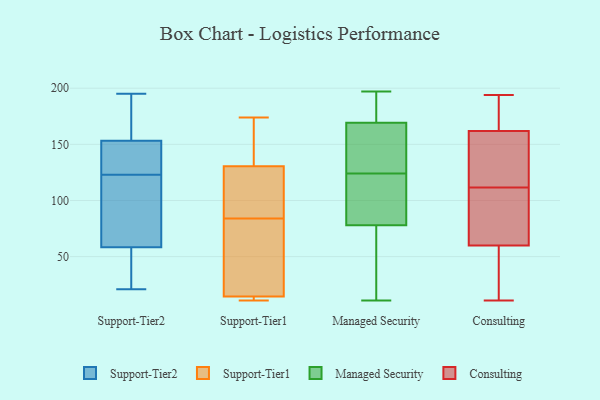
{"axis": {"x": "Page Views", "y": "Value"}, "legend": ["Consulting", "Managed Security", "Support-Tier1", "Support-Tier2"], "data": [{"x": "", "y": 123, "type": "Support-Tier2"}, {"x": "", "y": 142, "type": "Support-Tier2"}, {"x": "", "y": 49, "type": "Support-Tier2"}, {"x": "", "y": 45, "type": "Support-Tier2"}, {"x": "", "y": 156, "type": "Support-Tier2"}, {"x": "", "y": 176, "type": "Support-Tier2"}, {"x": "", "y": 180, "type": "Support-Tier2"}, {"x": "", "y": 21, "type": "Support-Tier2"}, {"x": "", "y": 134, "type": "Support-Tier2"}, {"x": "", "y": 145, "type": "Support-Tier2"}, {"x": "", "y": 77, "type": "Support-Tier2"}, {"x": "", "y": 185, "type": "Support-Tier2"}, {"x": "", "y": 32, "type": "Support-Tier2"}, {"x": "", "y": 58, "type": "Support-Tier2"}, {"x": "", "y": 195, "type": "Support-Tier2"}, {"x": "", "y": 99, "type": "Support-Tier2"}, {"x": "", "y": 72, "type": "Support-Tier2"}, {"x": "", "y": 140, "type": "Support-Tier2"}, {"x": "", "y": 59, "type": "Support-Tier2"}, {"x": "", "y": 11, "type": "Support-Tier1"}, {"x": "", "y": 108, "type": "Support-Tier1"}, {"x": "", "y": 64, "type": "Support-Tier1"}, {"x": "", "y": 123, "type": "Support-Tier1"}, {"x": "", "y": 11, "type": "Support-Tier1"}, {"x": "", "y": 84, "type": "Support-Tier1"}, {"x": "", "y": 54, "type": "Support-Tier1"}, {"x": "", "y": 155, "type": "Support-Tier1"}, {"x": "", "y": 174, "type": "Support-Tier1"}, {"x": "", "y": 15, "type": "Support-Tier1"}, {"x": "", "y": 13, "type": "Support-Tier1"}, {"x": "", "y": 130, "type": "Support-Tier1"}, {"x": "", "y": 132, "type": "Support-Tier1"}, {"x": "", "y": 124, "type": "Managed Security"}, {"x": "", "y": 52, "type": "Managed Security"}, {"x": "", "y": 94, "type": "Managed Security"}, {"x": "", "y": 169, "type": "Managed Security"}, {"x": "", "y": 130, "type": "Managed Security"}, {"x": "", "y": 86, "type": "Managed Security"}, {"x": "", "y": 170, "type": "Managed Security"}, {"x": "", "y": 121, "type": "Managed Security"}, {"x": "", "y": 54, "type": "Managed Security"}, {"x": "", "y": 195, "type": "Managed Security"}, {"x": "", "y": 148, "type": "Managed Security"}, {"x": "", "y": 197, "type": "Managed Security"}, {"x": "", "y": 11, "type": "Managed Security"}, {"x": "", "y": 112, "type": "Consulting"}, {"x": "", "y": 186, "type": "Consulting"}, {"x": "", "y": 11, "type": "Consulting"}, {"x": "", "y": 152, "type": "Consulting"}, {"x": "", "y": 139, "type": "Consulting"}, {"x": "", "y": 15, "type": "Consulting"}, {"x": "", "y": 81, "type": "Consulting"}, {"x": "", "y": 81, "type": "Consulting"}, {"x": "", "y": 16, "type": "Consulting"}, {"x": "", "y": 60, "type": "Consulting"}, {"x": "", "y": 143, "type": "Consulting"}, {"x": "", "y": 70, "type": "Consulting"}, {"x": "", "y": 45, "type": "Consulting"}, {"x": "", "y": 111, "type": "Consulting"}, {"x": "", "y": 177, "type": "Consulting"}, {"x": "", "y": 194, "type": "Consulting"}, {"x": "", "y": 162, "type": "Consulting"}, {"x": "", "y": 182, "type": "Consulting"}]}